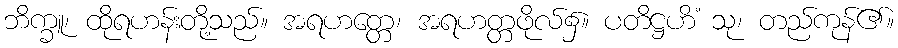
ဘိက္ခူ၊ ထိုရဟန်းတို့သည်။ အရဟတ္တေ၊ အရဟတ္တဖိုလ်၌။ ပတိဋ္ဌဟိံ သု၊ တည်ကုန်၏။